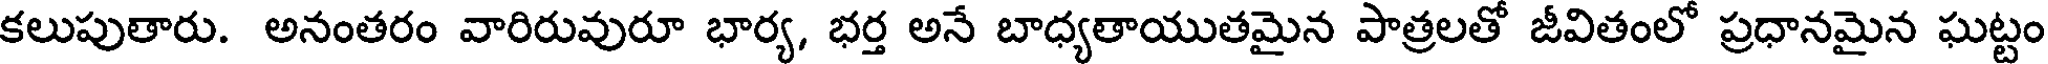
కలుపుతారు. అనంతరం వారిరువురూ భార్య, భర్త అనే బాధ్యతాయుతమైన పాత్రలతో జీవితంలో ప్రధానమైన ఘట్టం